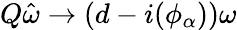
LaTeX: Q\hat{\omega}\to(d-i(\phi_{\alpha}))\omega